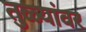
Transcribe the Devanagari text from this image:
तुळ्यांवर